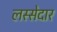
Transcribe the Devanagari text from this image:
लस्सेदार